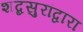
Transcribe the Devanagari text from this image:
शब्दसुरांद्वारा